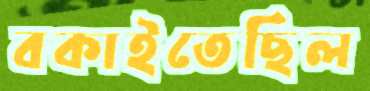
বকাইতেছিল